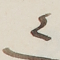
٤